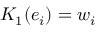
K _ { 1 } ( e _ { i } ) = w _ { i }